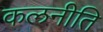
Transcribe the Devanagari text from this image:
कलनीति